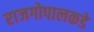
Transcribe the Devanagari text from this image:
राजगोपालकडे